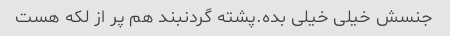
جنسش خیلی خیلی بده.پشته گردنبند هم پر از لکه هست